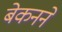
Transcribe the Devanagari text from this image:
बेकनने